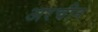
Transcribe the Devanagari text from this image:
अरचीन